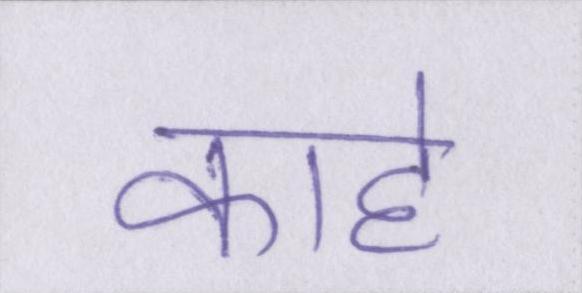
काहे